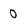
Character: 0